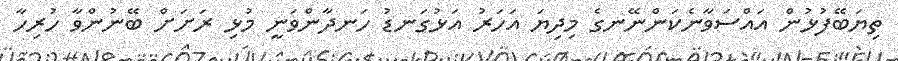
ތިޔަބޭފުޅުން އައްސަވާނެކަންނޭނގެ މިދިޔަ އަހަރު އަޅުގަނޑު ހަނދާންވަނީ މުޅި ރަށަށް ބޭނުންވާ ހުރިހާ